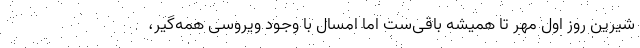
شیرین روز اول مهر تا همیشه باقی‌ست اما امسال با وجود ویروسی همه‌گیر،